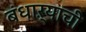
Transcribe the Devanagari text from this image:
बंधाऱ्याची